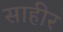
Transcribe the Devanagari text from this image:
साहीर